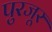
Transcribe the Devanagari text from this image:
पुरजूर